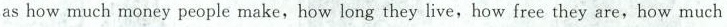
as how much money people make, how long they live, how free they are, how much